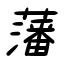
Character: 藩